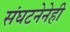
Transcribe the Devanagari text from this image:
संघटनेनेही